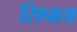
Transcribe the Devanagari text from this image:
सिपाय